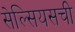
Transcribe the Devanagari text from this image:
सेल्सियसची